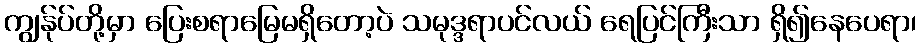
ကျွန်ုပ်တို့မှာ ပြေးစရာမြေမရှိတော့ပဲ သမုဒ္ဒရာပင်လယ် ရေပြင်ကြီးသာ ရှိ၍နေပေရာ၊